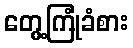
တွေ့ကြုံခံစား